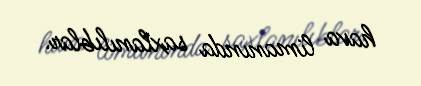
hava limanında saxlanılıblar.